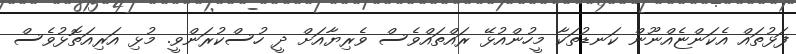
ފަޅުތައް އެކަންޏެއްނޫން ކަނޑުތަކާ މީހުންއުޅޭ ރައްތައްވެސް ވެރިޔާއަށް ދީ ހުސްކުރަންވީ. މުޅި އަރިއަތޮޅުވެސް